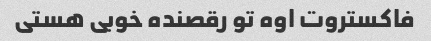
فاکستروت اوه تو رقصنده خوبی هستی